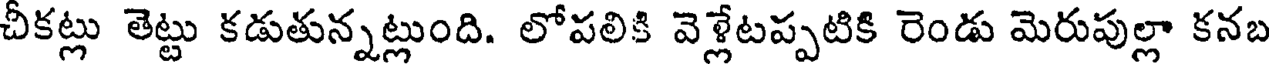
చీకట్లు తెట్టు కడుతున్నట్లుంది. లోపలికి వెళ్లేటప్పటికి రెండు మెరుపుల్లా కనబ